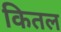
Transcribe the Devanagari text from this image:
कितल